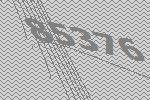
85376